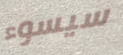
سيسوء